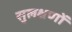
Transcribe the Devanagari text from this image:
सुलक्षणों